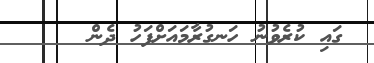
ގައި ކުރެވުނު ހަނގުރާމައަށްފަހު ދެން